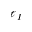
\ell _ { I }